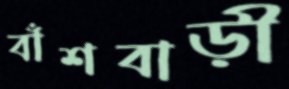
বাঁশবাড়ী